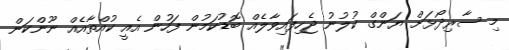
މި ސާރިދޯޅަށް ޔަންގް ކުލުނު ޖެހިފައިވާލެއް ބޮޑުކަމުން ފަހުން އެއީ ކުއްތާއެއް ނޫންކަން